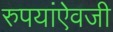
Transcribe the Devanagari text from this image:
रुपयांऐवजी